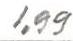
1,99